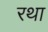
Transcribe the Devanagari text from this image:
रथा